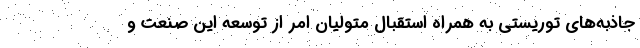
جاذبه‌های توریستی به همراه استقبال متولیان امر از توسعه این صنعت و